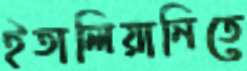
ইতালিয়ানিতে